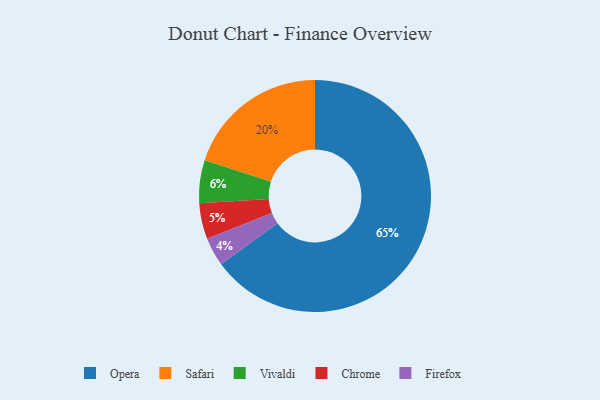
{"axis": {"x": "Category", "y": "Percentage"}, "legend": ["Chrome", "Firefox", "Opera", "Safari", "Vivaldi"], "data": [{"x": "Safari", "y": 20, "type": "Safari"}, {"x": "Chrome", "y": 5, "type": "Chrome"}, {"x": "Firefox", "y": 4, "type": "Firefox"}, {"x": "Vivaldi", "y": 6, "type": "Vivaldi"}, {"x": "Opera", "y": 65, "type": "Opera"}]}